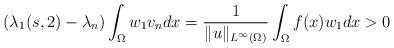
LaTeX: \begin{align*}(\lambda_1(s,2)-\lambda_n)\int_{\Omega}w_1v_n dx=\dfrac1{\|u\|_{\scriptstyle L^{\infty}(\Omega)}}\int_{\Omega}f(x)w_1 dx>0\end{align*}